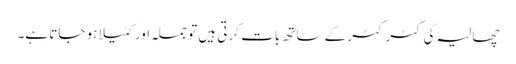
چھالیہ کی کٹر کٹر کے ساتھ بات کرتی ہیں تو جملہ اور کٹیلا ہو جاتا ہے۔